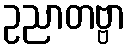
ဥညာတဗ္ဗာ